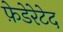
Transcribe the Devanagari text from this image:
फ़ेडेरेटेद